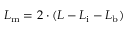
L _ { \mathrm { m } } = 2 \cdot ( L - L _ { \mathrm { i } } - L _ { \mathrm { b } } )